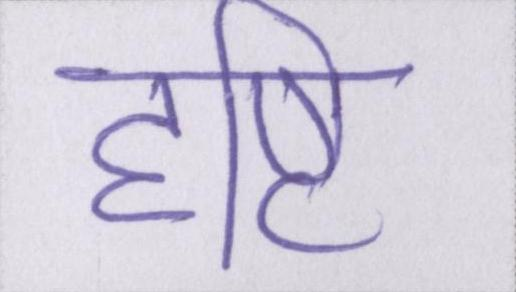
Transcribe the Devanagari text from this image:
दृष्टि